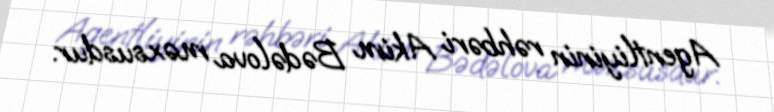
Agentliyinin rəhbəri Akim Bədəlova məxsusdur.